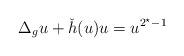
LaTeX: \begin{align*}\Delta_g u+ \check{h}(u)u=u^{2^\star-1}\end{align*}